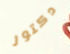
دكتور